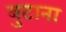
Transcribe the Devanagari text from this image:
बुटाना